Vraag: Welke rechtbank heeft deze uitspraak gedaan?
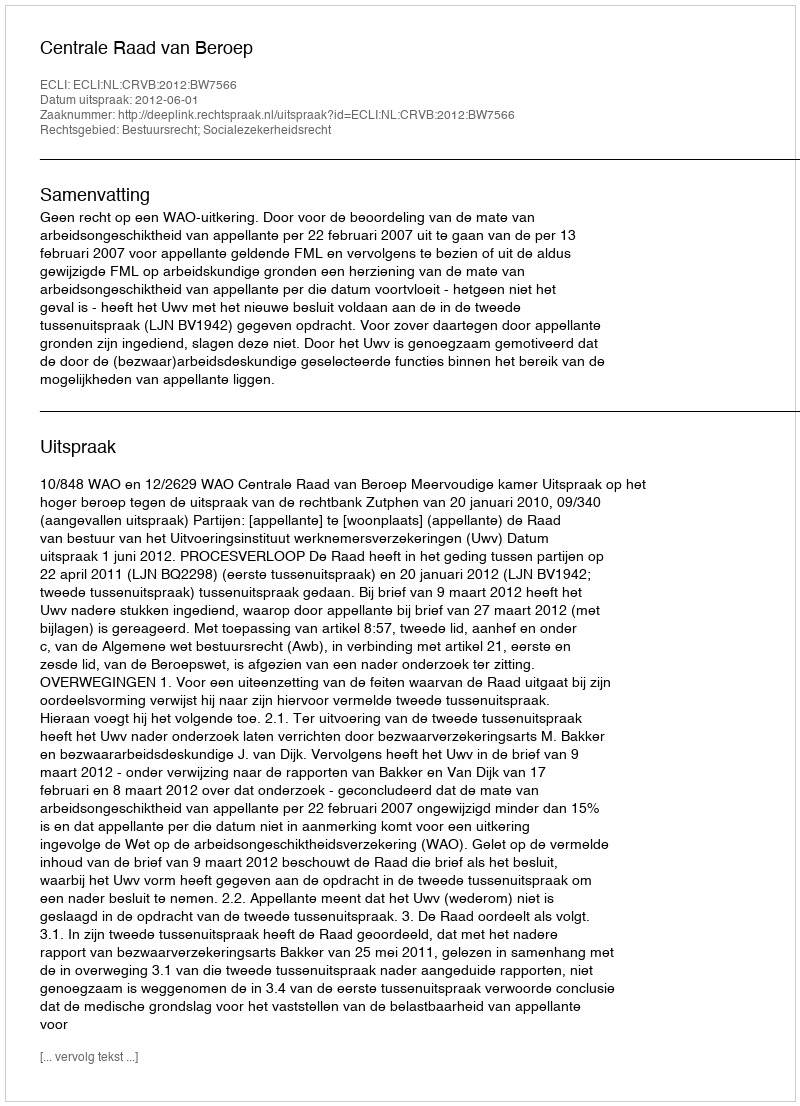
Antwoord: Centrale Raad van Beroep